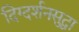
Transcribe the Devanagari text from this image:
दिग्दर्शनसुद्धा